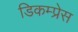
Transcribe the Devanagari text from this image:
डिकम्प्रेस